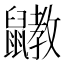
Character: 𪖄